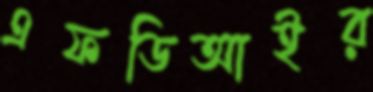
এফডিআইর